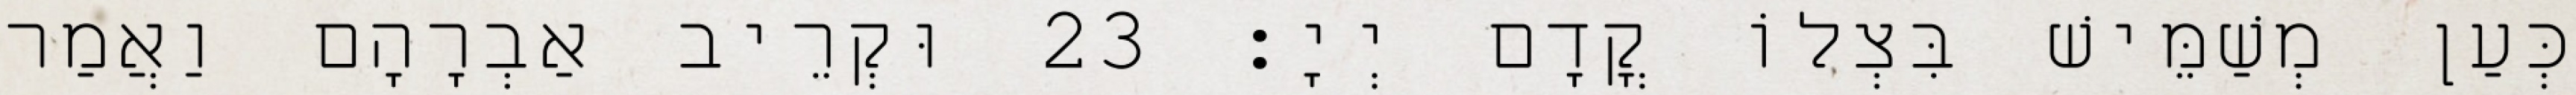
כְּעַן מְשַׁמֵּישׁ בִּצְלוֹ קֳדָם יְיָ׃ 23 וּקְרֵיב אַבְרָהָם וַאֲמַר